Annual statistical returns and brief notes on vaccination in Bengal - 1887-1898
Year: 1887
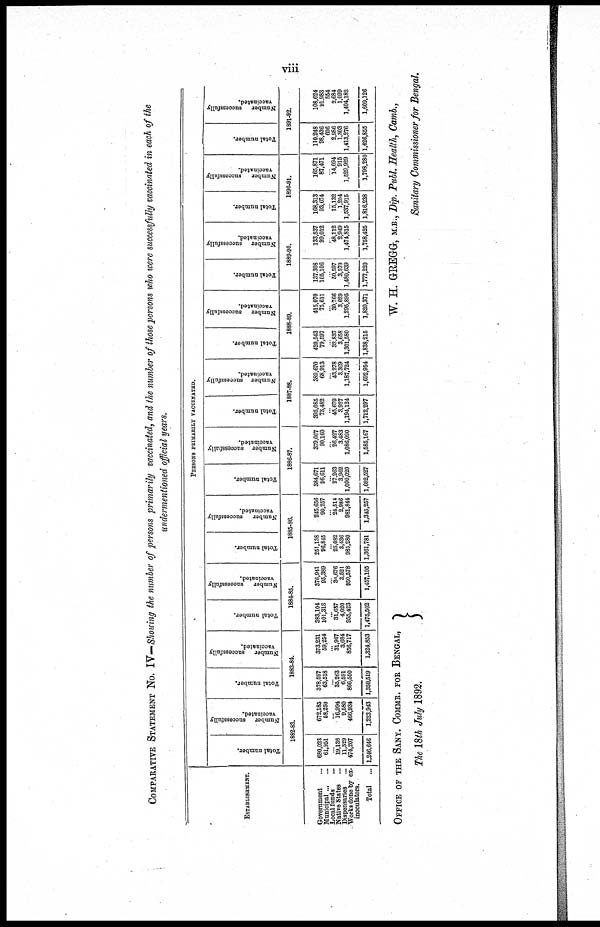
viii
COMPARATIVE STATEMENT NO. IV—Showing the number of persons primarily vaccinated, and the number of those persons who were successfully vaccinated in each of the
undermentioned official years.
ESTABLISHMENT.
Government ...
Municipal
...
Local funds
...
Native States ...
Dispensaries ...
Works done by ex-
inoculators.
Total
...
PERSONS PRIMARILY VACCINATED.
Total number.
Number
successfully
vaccinated.
1882-83.
680,023
61,951
...
19,136
11,329
474,207
1,246,646
672,185
68,250
...
16,994
9,580
466,934
1,223,943
Total number.
Number
successfully
vaccinated.
1883-84.
378,597
63,518
...
35,263
6,591
866,550
1,350,519
373,231
59,254
... 31,967
3,684
356,717
1,324,853
Total number.
Number
successfully
vaccinated.
1884-85.
383,104
101,318
...
31,637
4,020
955,423
1,475,502
376,941
95,389
...
30,676
3,521
950,578
1,457,105
Total number.
Number
successfully
vaccinated.
1885-86.
251,138
96,845
...
25,082
3,436
985,280
1,361,781
245,656
90,257
... 24,514
2,986
981,844
1,345,257
Total number.
Number
successfully
vaccinated.
1886-87.
384,671
96,611
...
27,263
3,962
1,090,020
1,602,527
379,007
90,160
...
26,427
3,483
1,086,090
1,585,167
Total number.
Number
successfully
vaccinated.
1887-88.
395,085
73,482
...
45,679
3,927
1,194,124
1,712,297
389,670
68,913
...
43,278
3,369
1,187,724
1,692,954
Total number.
Number
successfully
vaccinated.
1888-89.
420,543
79,597
...
32,837
3,658
1,301,580
1,838,215
415,070
75,611
... 30,766
3,029
1,295,895
1,820,371
Total number.
Number
successfully
vaccinated.
1889-90.
137,308
105,106
...
50,597
3,570
1,480,639
1,777,220
133,537
99,012
... 48,112
2,949
1,474,815
1,758,425
Total number.
Number
successfully
vaccinated.
1890-91.
168,313
93,674
...
15,132
1,204
1,537,915
1,816,238
165,871
87,471
...
14,094
915
1,529,929
1,798,280
Total number.
Number
successfully
vaccinated.
1891-92.
110,248
98,436
606
2,986
1,303
1,413,276
1,626,855
108,624
91,983
554
2,684
1,099
1,404,182
1,609,126
OFFICE OF THE SANY. COMMR. FOR BENGAL,
The 18th July 1892.
W. H. GREGG, M.B., Dip. Publ. Health, Comb.,
Sanitary Commissioner for Bengal.